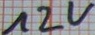
Text: 12V